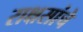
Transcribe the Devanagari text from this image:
राक्षसांचे